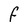
Character: F